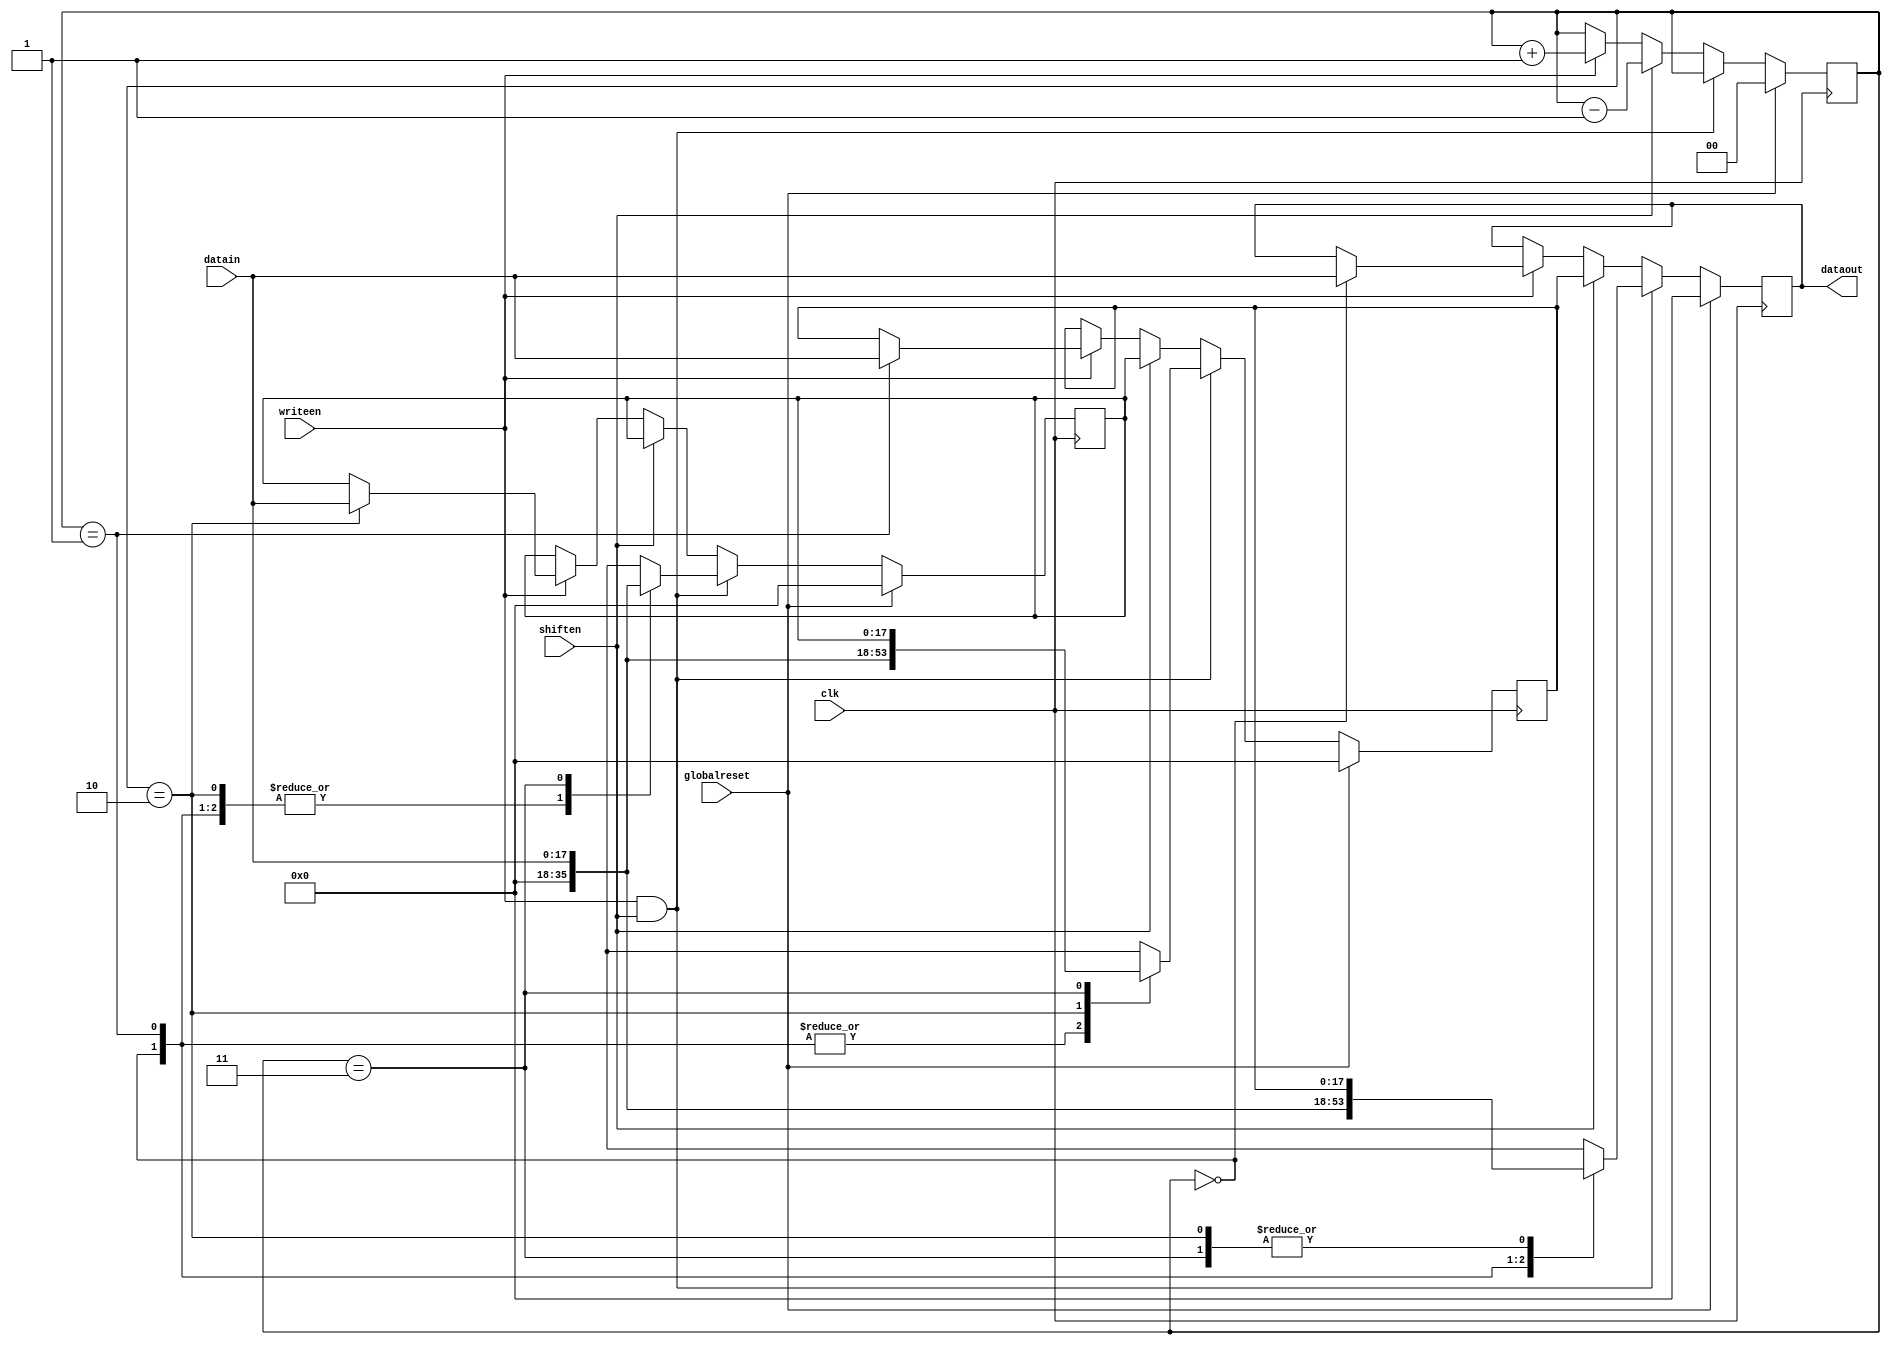
`define SIMULATION_MEMORY

module fifo3 (datain, writeen, dataout, shiften, globalreset, clk);

    input[18 - 1:0] datain; 
    input writeen; 
    output[18 - 1:0] dataout; 
    wire[18 - 1:0] dataout;
    input shiften; 
    input globalreset; 
    input clk; 

    reg[18 - 1:0] data0; 
    reg[18 - 1:0] data1; 
    reg[18 - 1:0] data2; 

    reg[1:0] pos; 

    assign dataout = data0 ;

    always @(posedge clk)
    begin
       if (globalreset == 1'b1)
       begin
          pos <= 2'b00 ; 
          data0 <= 0 ; 
          data1 <= 0 ; 
          data2 <= 0 ; 
       end
       else
       begin
          if (writeen == 1'b1 & shiften == 1'b1)
          begin
             case (pos)
                2'b00 :
                         begin
                            data0 <= 0 ; 
                            data1 <= 0 ; 
                            data2 <= 0 ; 
                         end

                2'b01 :
                         begin
                            data0 <= datain ; 
                            data1 <= 0 ; 
                            data2 <= 0 ; 
                         end
                2'b10 :
                         begin
                            data0 <= data1 ; 
                            data1 <= datain ; 
                            data2 <= 0 ; 
                         end

                2'b11 :
                         begin
                            data0 <= data1 ; 
                            data1 <= data2 ; 
                            data2 <= datain ; 
                         end
             endcase 
          end
          else if (shiften == 1'b1)
          begin
             data0 <= data1 ; 
             data1 <= data2 ; 
             pos <= pos - 1 ; 
          end
          else if (writeen == 1'b1)
          begin
             case (pos)
                2'b00 :
                         begin
                            data0 <= datain ; 
                         end
                2'b01 :
    					begin
                            data1 <= datain ; 
                         end
                2'b10 :
                         begin
                            data2 <= datain ; 
                         end
             endcase 
             pos <= pos + 1 ; 
          end 
       end 
    end 
 endmodule